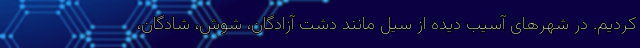
کردیم. در شهرهای آسیب دیده از سیل مانند دشت آزادگان، شوش، شادگان،